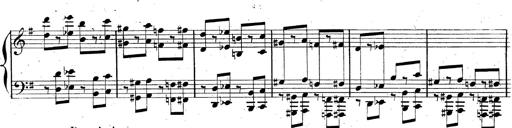
Title: AnnÃ©es de pÃ¨lerinage II, SupplÃ©ment
Composer: Franz Liszt